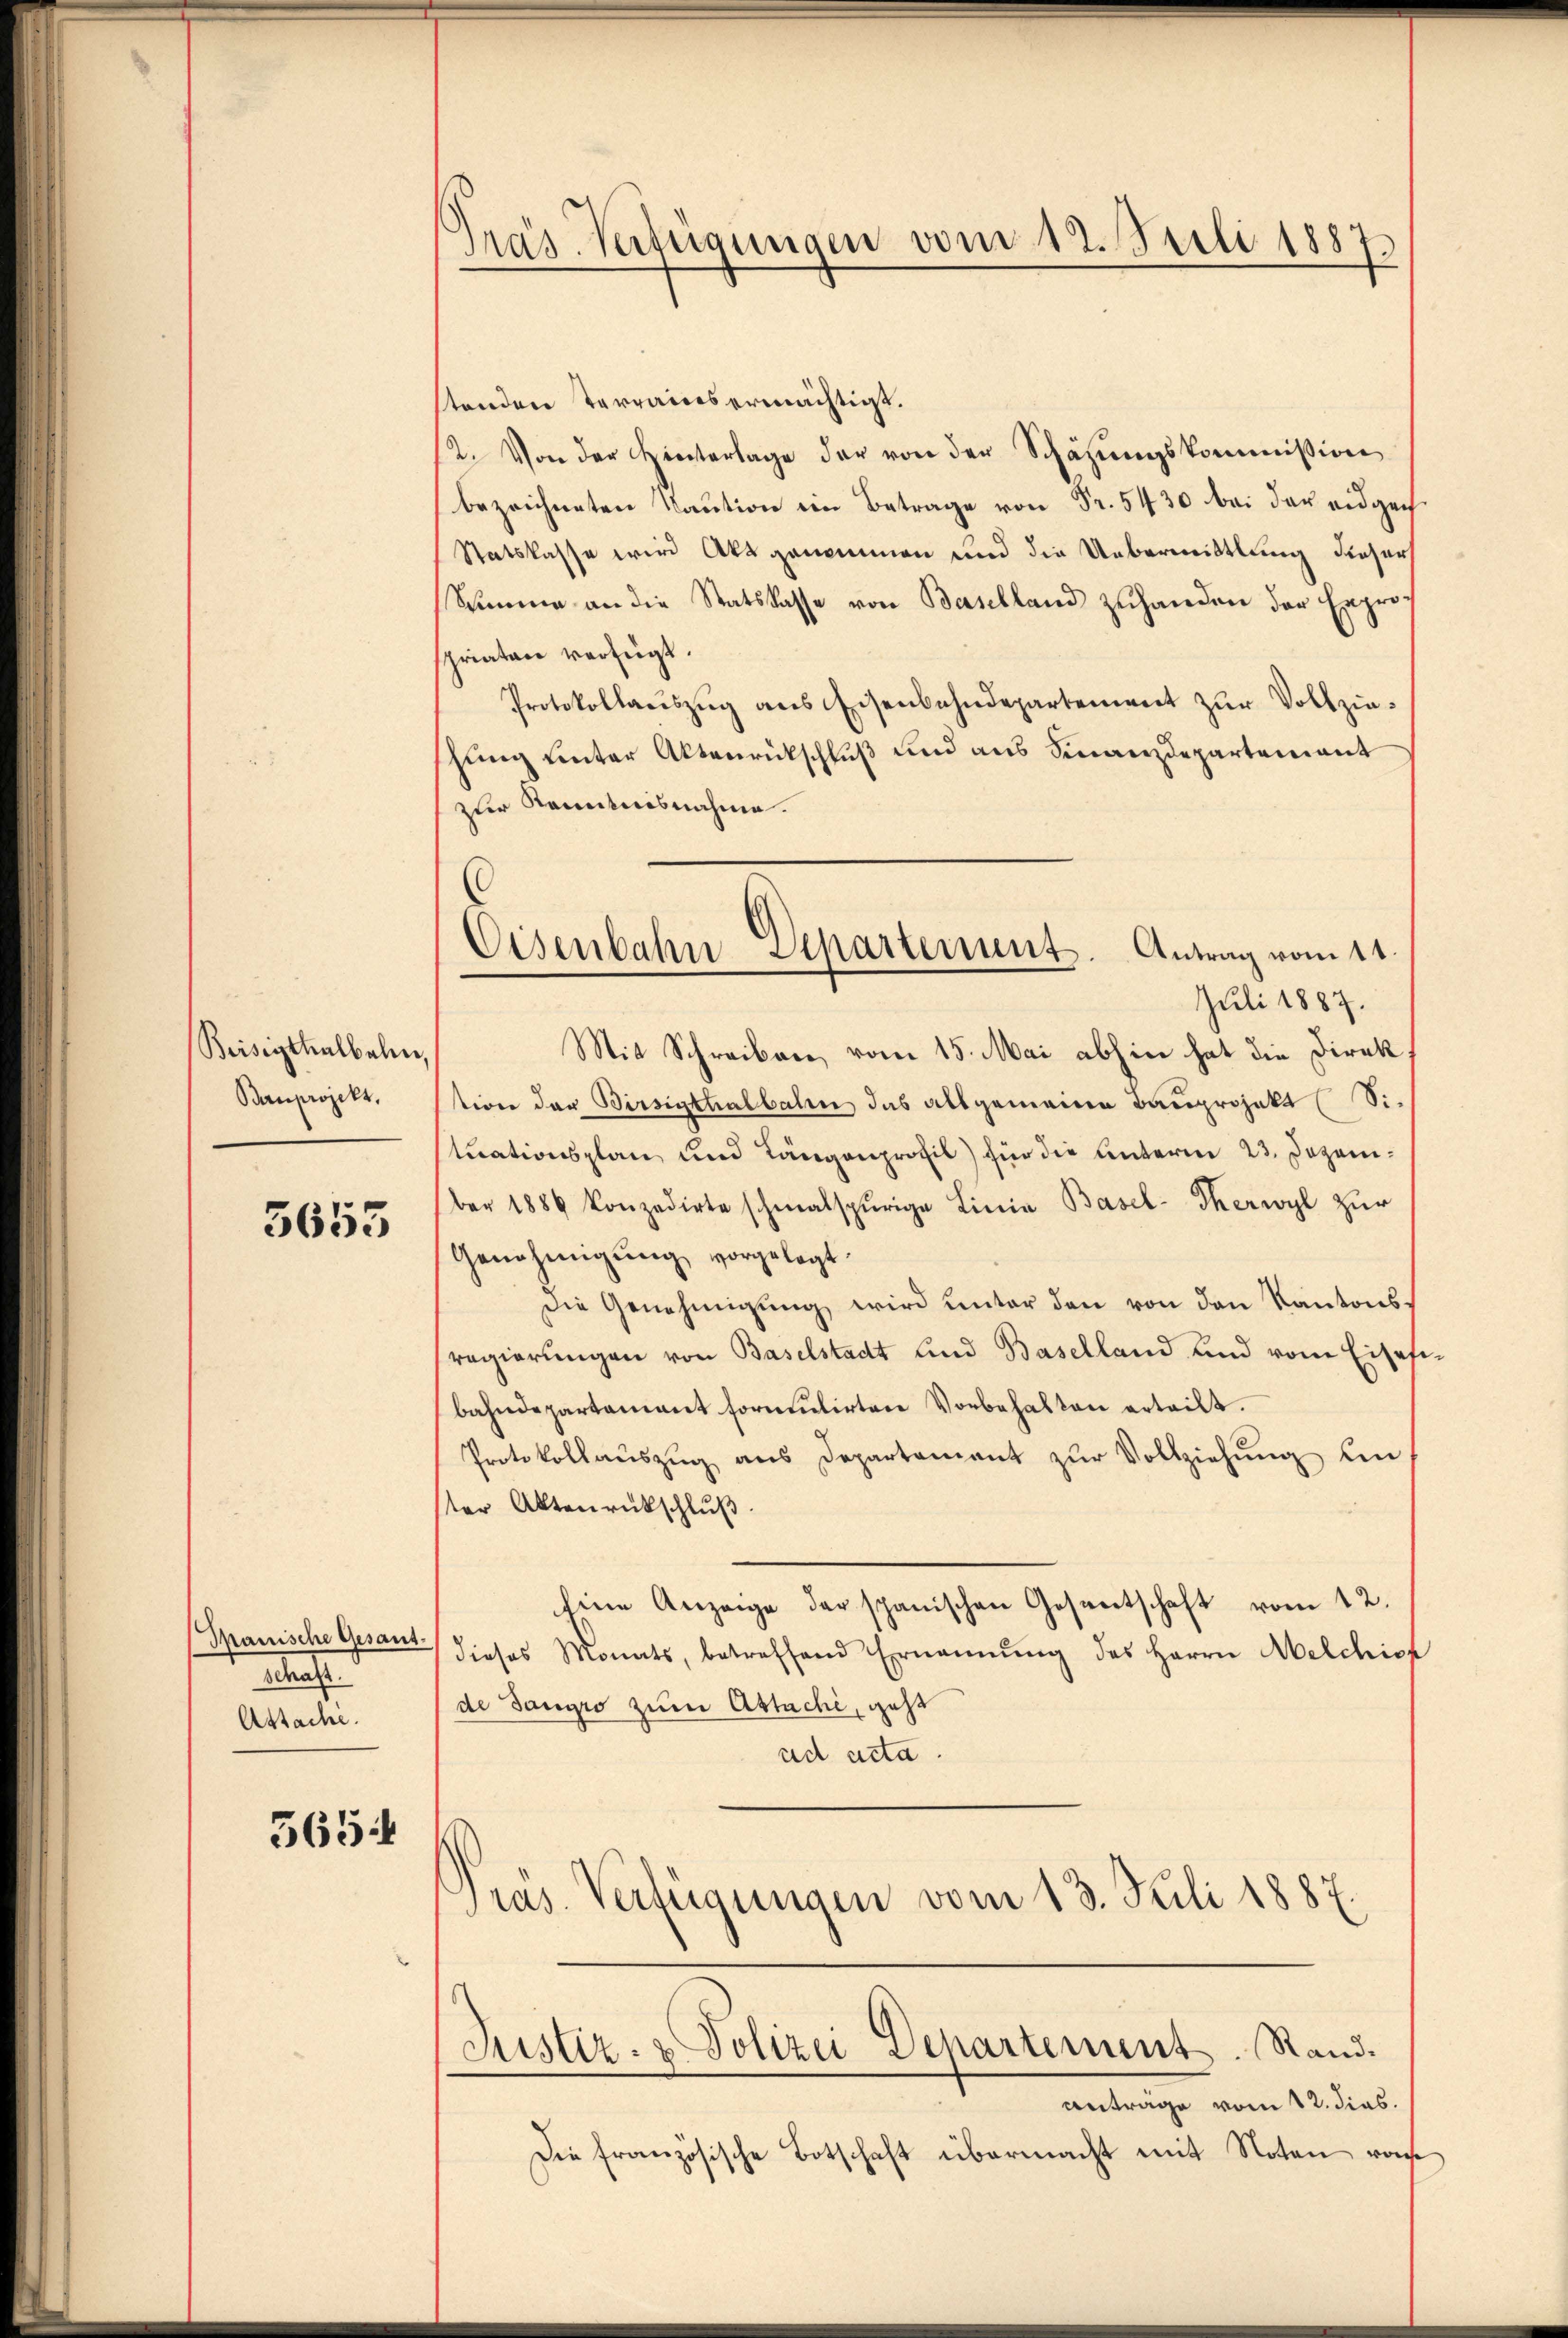
Beisigthalbele
Banprojekt.

5653

Spanische Gesant.
a
Assache.

3654

Präs. Verfügungen vom 12. Juli 1887.

stenden Terrains ermächtigt.
2. Von der Hinterlage der von der Schäzungskommission
bezeichneten Kaution im Betrage von Fr. 5430 bei der eidgech¬
Statskasse wird Akt genommen und die Uebermittlung dieser
Stimme an die Statskasse von Baselland zuhanden der Exprospriaten verfügt.
Protokollaŭszŭg ans Eisenbahndepartement zŭr Vollzie-
hung unter Aktenrückschluß und aus Finanzdepartement
zur Kenntnisnahme.
Juli 1887.
Mit Schreiben, vom 15. Mai abhin hat die Direk
tion der Birsigthalbahn das allgemeine Bauprojekt (Situationsplan und Längenprofil) für die unterm 23. Dezember 1886 konzedirte schmalspurige Linia Basel- Therwyl zŭr
Genehmigung vorgelegt.
Die Genehmigŭng wird ŭnter den von den Kantonssregierungen von Baselstadt und Baselland und vom Eisesibahndepartament formulirten Vorbehalten erteilt.
Protokollaŭszŭg ans Departament zŭr Vollziehŭng un
ter Aktenrückschluß
Eine Anzeige der spanischen Gesentschaft vom 12.
dieses Monats, betreffend Ernannŭng des Herrn Melchiop
de Sangro zum Abtache, geht
ad acta.
Pras. Verfügungen vom 13. Sili 1887.
Justiz- & Polizei Departement. Rand.
antrage vom 12. dies.
Die französische Botschaft übermacht mit Noten von

Eisenbahn-Departement. Antrag vom 11.